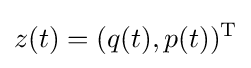
z(t)=(q(t),p(t))^{\mathrm {T} }